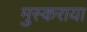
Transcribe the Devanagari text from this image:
मुस्कराया